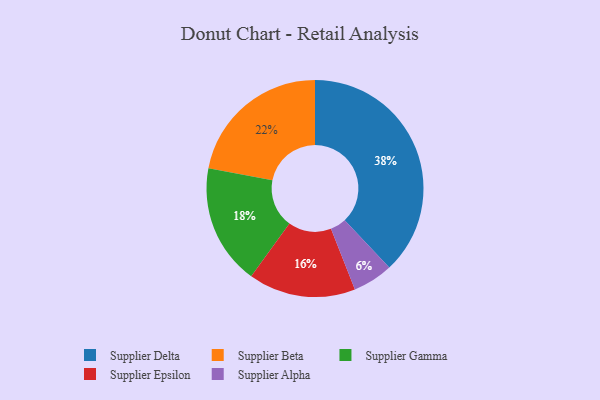
{"axis": {"x": "Category", "y": "Percentage"}, "legend": ["Supplier Alpha", "Supplier Beta", "Supplier Delta", "Supplier Epsilon", "Supplier Gamma"], "data": [{"x": "Supplier Beta", "y": 22, "type": "Supplier Beta"}, {"x": "Supplier Delta", "y": 38, "type": "Supplier Delta"}, {"x": "Supplier Gamma", "y": 18, "type": "Supplier Gamma"}, {"x": "Supplier Alpha", "y": 6, "type": "Supplier Alpha"}, {"x": "Supplier Epsilon", "y": 16, "type": "Supplier Epsilon"}]}